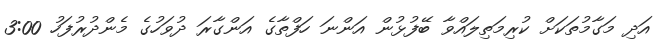
އަދި މަގާމުތަކަށް ކުރިމަތިލައްވާ ބޭފުޅުން އަންނަ ހަފްތާގެ އަންގާރަ ދުވަހުގެ މެންދުރުފަހު 3:00